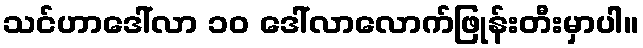
သင်ဟာဒေါ်လာ ၁၀ ဒေါ်လာလောက်ဖြုန်းတီးမှာပါ။